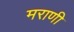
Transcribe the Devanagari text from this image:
मराणी